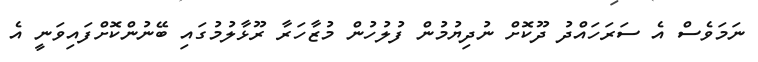
ނަމަވެސް އެ ސަރަހައްދު ދޫކޮށް ނުދިޔުމުން ފުލުހުން މުޒާހަރާ ރޫޅާލުމުގައި ބޭނުންކޮށްފައިވަނީ އެ